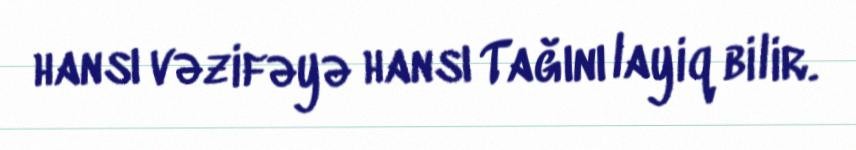
hansı vəzifəyə hansı Tağını layiq bilir.